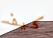
كيف